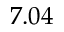
7 . 0 4